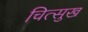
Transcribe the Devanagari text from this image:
चित्सुख